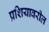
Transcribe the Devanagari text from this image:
प्रशियावरील